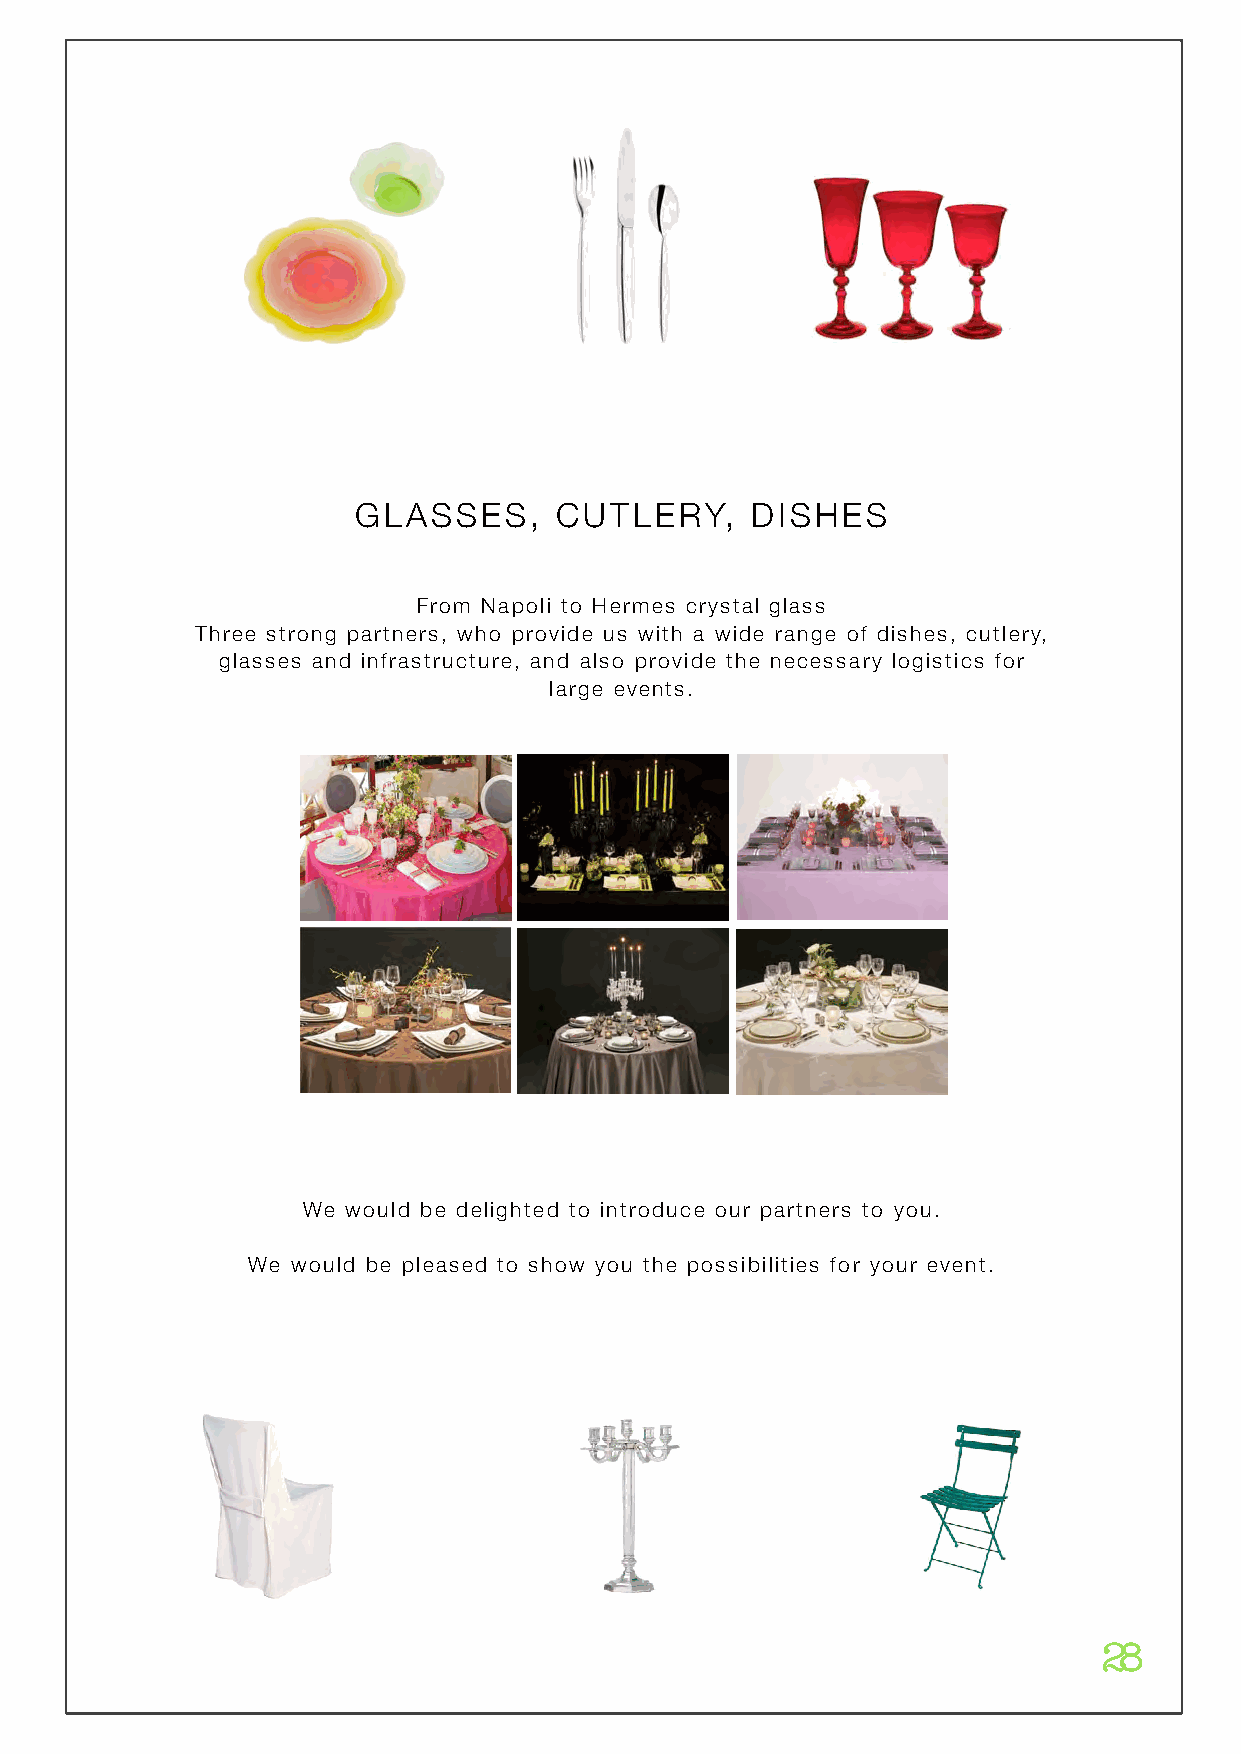
GLASSES,     CUTLERY,     DISHES
 From Napoli to Hermes crystal glass
 Three strong partners, who provide us with a wide range of dishes, cutlery,
 glasses and infrastructure, and also provide the necessary logistics for
 large events.
 We would be delighted to introduce our partners to you.
 We would be pleased to show you the possibilities for your event.
 28